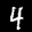
Label: 4